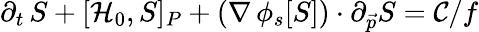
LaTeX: \partial_{t}\, S+[\mathcal{H}_{0},S]_{P}+(\nabla\, \phi_{s}[S])\cdot\partial_{\vec{p}}S=\mathcal{C}/f